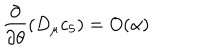
\frac { \partial } { \partial \theta } ( D _ { \mu } c _ { 5 } ) = O ( \alpha )